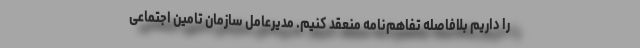
را داریم بلافاصله تفاهم‌نامه منعقد کنیم. مدیرعامل سازمان تامین اجتماعی